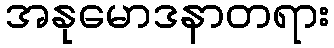
အနုမောဒနာတရား